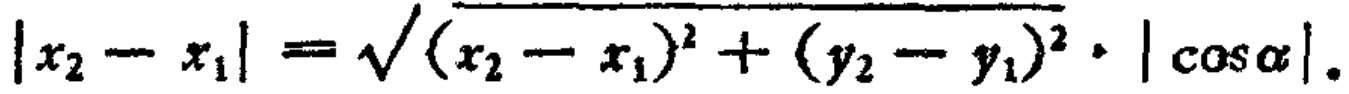
\(\vert x_{2}-x_{1}\vert=\sqrt{(x_{2}-x_{1})^{2}+(y_{2}-y_{1})^{2}}\cdot\vert\cos\alpha\vert\)